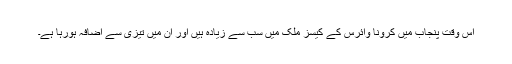
اس وقت پنجاب میں کرونا وائرس کے کیسز ملک میں سب سے زیادہ ہیں اور ان میں تیزی سے اضافہ ہورہا ہے۔